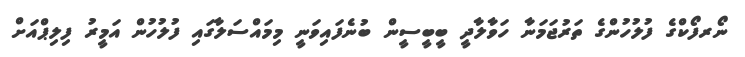
ނޯރފޯކްގެ ފުލުހުންގެ ތަރުޖަމަނާ ހަވާލާދީ ބީބީސީން ބުނެފައިވަނީ މިމައްސަލާގައި ފުލުހުން އަމީރު ފިލިޕްއަށް